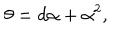
\theta = d \alpha + \alpha ^ { 2 } ,